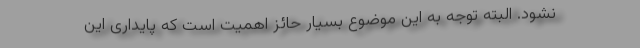
نشود. البته توجه به این موضوع بسیار حائز اهمیت است که پایداری این